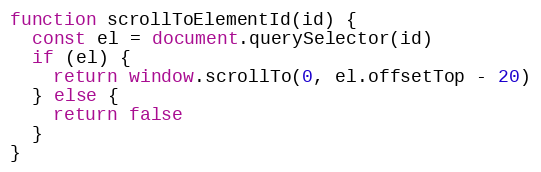
Language: JavaScript
function scrollToElementId(id) {
  const el = document.querySelector(id)
  if (el) {
    return window.scrollTo(0, el.offsetTop - 20)
  } else {
    return false
  }
}